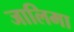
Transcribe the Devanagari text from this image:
जालिमा